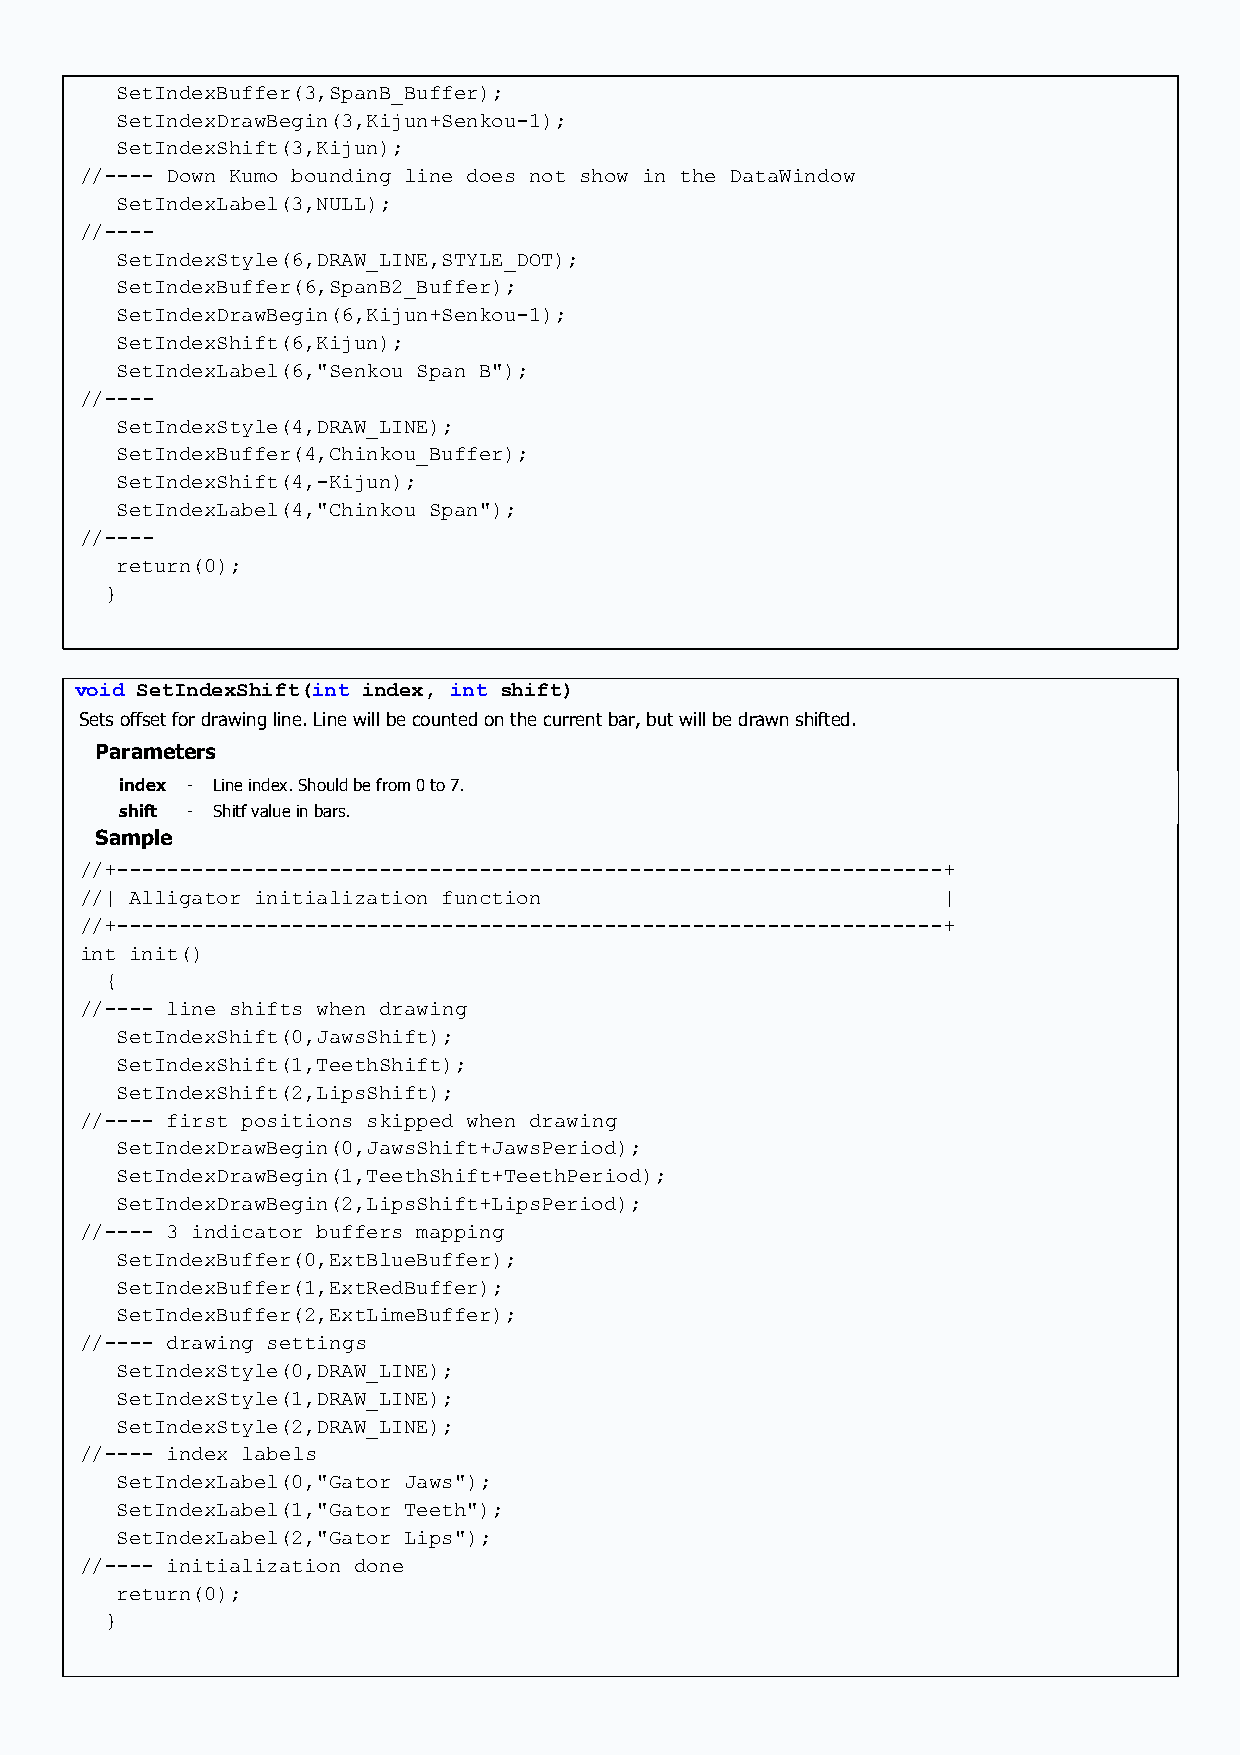
SetIndexBuffer(3,SpanB_Buffer);
 SetIndexDrawBegin(3,Kijun+Senkou-1);
 SetIndexShift(3,Kijun);
 //---- Down Kumo bounding line does not show in the DataWindow
 SetIndexLabel(3,NULL);
 //----
 SetIndexStyle(6,DRAW_LINE,STYLE_DOT);
 SetIndexBuffer(6,SpanB2_Buffer);
 SetIndexDrawBegin(6,Kijun+Senkou-1);
 SetIndexShift(6,Kijun);
 SetIndexLabel(6,"Senkou Span B");
 //----
 SetIndexStyle(4,DRAW_LINE);
 SetIndexBuffer(4,Chinkou_Buffer);
 SetIndexShift(4,-Kijun);
 SetIndexLabel(4,"Chinkou Span");
 //----
 return(0);
 }
 void SetIndexShift(int index, int shift)
 Sets offset for drawing line. Line will be counted on the current bar, but will be drawn shifted.
 Parameters
 index - Line index. Should be from 0 to 7.
 shift - Shitf value in bars.
 Sample
 //+------------------------------------------------------------------+
 //| Alligator initialization function                    |
 //+------------------------------------------------------------------+
 int init()
 {
 //---- line shifts when drawing
 SetIndexShift(0,JawsShift);
 SetIndexShift(1,TeethShift);
 SetIndexShift(2,LipsShift);
 //---- first positions skipped when drawing
 SetIndexDrawBegin(0,JawsShift+JawsPeriod);
 SetIndexDrawBegin(1,TeethShift+TeethPeriod);
 SetIndexDrawBegin(2,LipsShift+LipsPeriod);
 //---- 3 indicator buffers mapping
 SetIndexBuffer(0,ExtBlueBuffer);
 SetIndexBuffer(1,ExtRedBuffer);
 SetIndexBuffer(2,ExtLimeBuffer);
 //---- drawing settings
 SetIndexStyle(0,DRAW_LINE);
 SetIndexStyle(1,DRAW_LINE);
 SetIndexStyle(2,DRAW_LINE);
 //---- index labels
 SetIndexLabel(0,"Gator Jaws");
 SetIndexLabel(1,"Gator Teeth");
 SetIndexLabel(2,"Gator Lips");
 //---- initialization done
 return(0);
 }